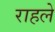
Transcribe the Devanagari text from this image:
राहले